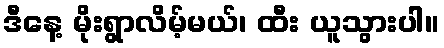
ဒီနေ့ မိုးရွာလိမ့်မယ်၊ ထီး ယူသွားပါ။